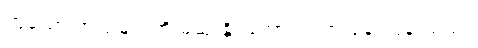
ဟူသော အသံများကို မဆုံးနိုင်အောင် ကြားနေရပြန် သည်။